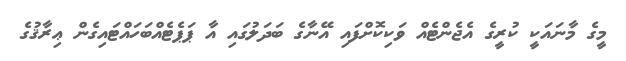
މީގެ މާނައަކީ ކުރީގެ އެޖެންޓެއް ވަކިކޮށްފައި އޭނާގެ ބަދަލުގައި އާ ޕަޕެޓެއްބަހައްޓައިގެން ޢިރާޤުގެ